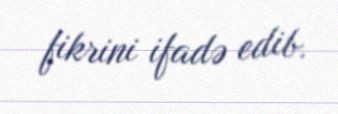
fikrini ifadə edib.